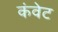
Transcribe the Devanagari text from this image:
कंवेट